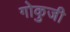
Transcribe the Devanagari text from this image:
गोकुजी